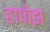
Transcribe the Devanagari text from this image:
हाफेझ